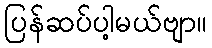
ပြန်ဆပ်ပါ့မယ်ဗျာ။